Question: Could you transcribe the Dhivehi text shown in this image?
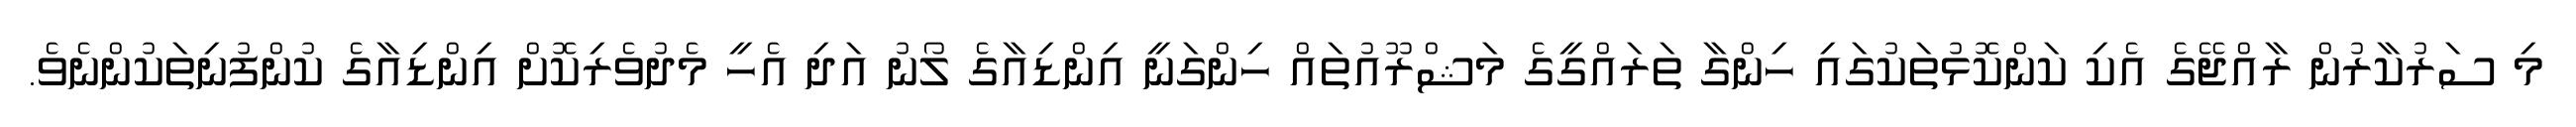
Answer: މި ސަރުކާރުން ރާއްޖޭގެ އެކި ކަންކޮޅުތަކުގައި ހިންގާ ތަރައްގީގެ މަޝްރޫއުތައް ހިންގަނީ އިންޑިއާގެ ލޯނު އަދި އެހީ މެދުވެރިކޮށް އިންޑިއާގެ ކުންފުނިތަކުންނެވެ.